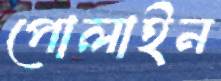
পোলাইন